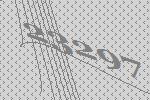
23297